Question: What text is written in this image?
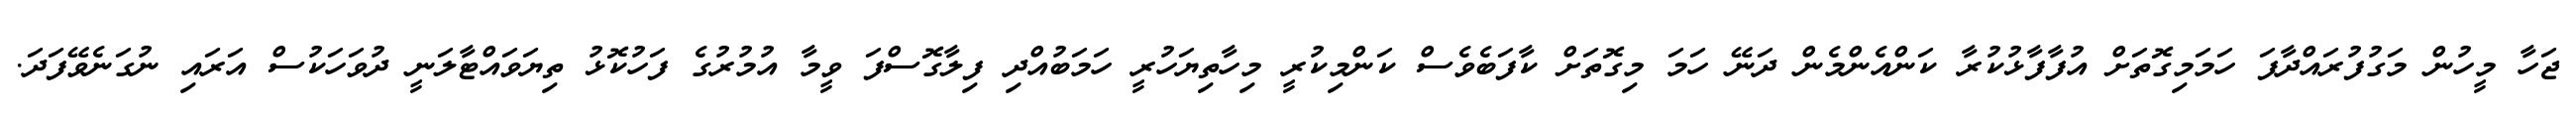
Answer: ޖަހާ މީހުން މަގުފުރައްދާފަ ހަމަމިގޮތަށް އުފާފާޅުކުރާ ކަންއެންމެން ދަނޭ ހަމަ މިގޮތަށް ކާފަބެވެސް ކަންމިކުރީ މިހާތިޔަހުރީ ހަމަބުއްދި ފިލާގޮސްފަ ވީމާ އުމުރުގެ ފަހުކޮޅު ތިޔަވައްޓާލަނީ ދުވަހަކުސް އަރައި ނުގަނެވޭފަދަ.